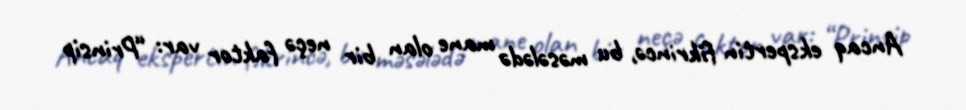
Ancaq ekspertin fikrincə, bu məsələdə mane olan bir neçə faktor var: “Prinsip